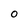
Character: O